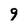
Character: 9